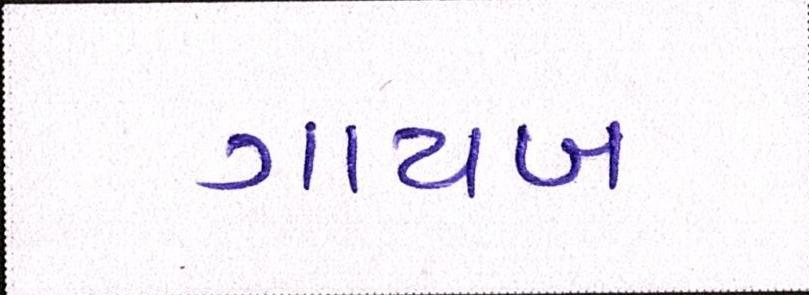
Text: ગાયબ